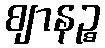
ဈာနဉ္စ